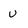
Character: u